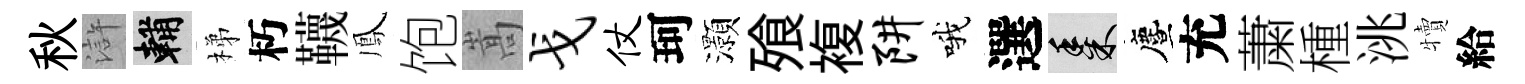
秋滸輔梯朽韈鳳饱嵩戈仗珂灝飱複阱哦選黍󵨌充䔥㮔洮犢給